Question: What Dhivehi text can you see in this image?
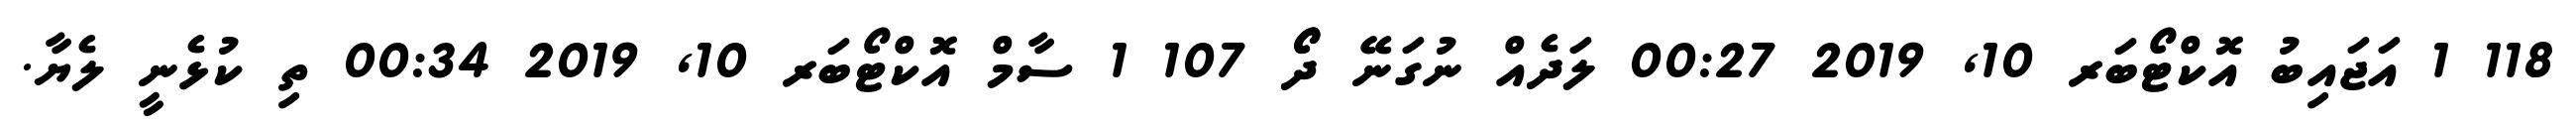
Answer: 118 1 އަޖައިބު އޮކްޓޯބަރ 10, 2019 00:27 ލަދެއް ނުގަނޭ ދޯޯ 107 1 ސާމް އޮކްޓޯބަރ 10, 2019 00:34 ތި ކުޅެނީ ލެޔާ.